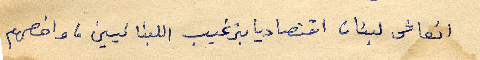
انعاش لبنان اقتصاديا بترغيب اللبنانيين، واخصهم